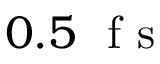
0 . 5 ~ \textrm { f s }